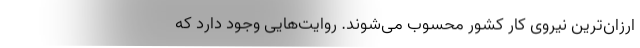
ارزان‌ترین نیروی کار کشور محسوب می‌شوند. روایت‌هایی وجود دارد که